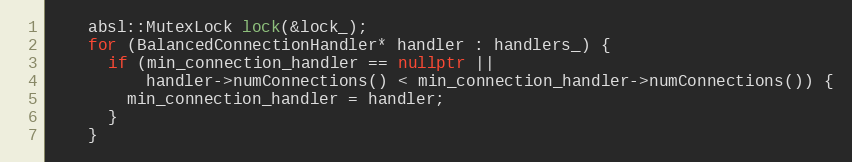
Language: C++
    absl::MutexLock lock(&lock_);
    for (BalancedConnectionHandler* handler : handlers_) {
      if (min_connection_handler == nullptr ||
          handler->numConnections() < min_connection_handler->numConnections()) {
        min_connection_handler = handler;
      }
    }